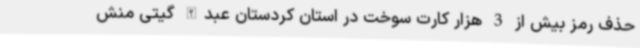
حذف رمز بیش از 3 هزار کارت سوخت در استان کردستان عبدالله گیتی منش